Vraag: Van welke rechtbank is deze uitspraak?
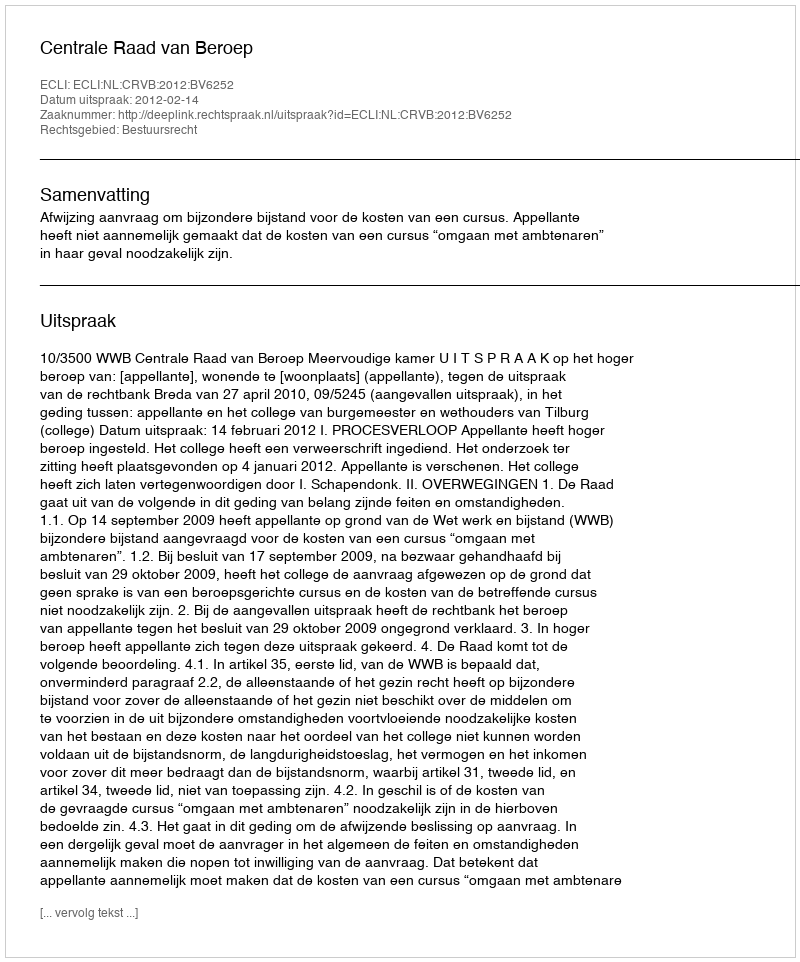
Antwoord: Centrale Raad van Beroep